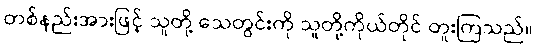
တစ်နည်းအားဖြင့် သူတို့ သေတွင်းကို သူတို့ကိုယ်တိုင် တူးကြသည်။